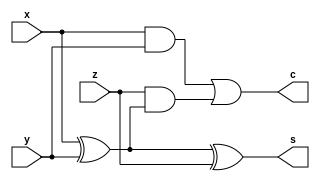
module FULL_ADDER (x, y, z, s, c);
    input x, y, z;
    output s, c;

    assign s = x ^ y ^ z;
    assign c = (x & y) | (z & (x ^ y));
endmodule

module SHIFT_REGISTER_4BIT (serialInput, clock, enable, out);
    input clock, serialInput, enable;
    output reg [3: 0] out;
    
    initial begin
        out = 4'b0101;
    end
    always @ (posedge clock)
        if (enable) out = {serialInput, out[3: 1]};
endmodule

module D_FLIP_FLOP (Q, D, clock, clear);
    input D, clock, clear;
    output reg Q;

    always @ (posedge clock or negedge clear)
    begin
        if (!clear) Q <= 1'b0;
        else Q <= D;
    end
endmodule

module SERIAL_ADDER(serialInput, clock, enable, clear, regA);
    input serialInput, clock, clear, enable;
    output [3: 0] regA;
    wire [3: 0] regB;

    wire s, c, Q;

    SHIFT_REGISTER_4BIT A(s, clock, enable, regA);
    SHIFT_REGISTER_4BIT B(serialInput, clock, enable, regB);

    FULL_ADDER FA(regA[0], regB[0], Q, s, c);

    D_FLIP_FLOP DFF(Q, c, clock & enable, clear);
endmodule

module TESTBENCH;
    reg serialInput, clock, enable, clear;
    wire [3: 0] regA;
    integer i;

    SERIAL_ADDER ADDER(serialInput, clock, enable, clear, regA);

    initial begin
        clock = 1'b0;
        clear = 1'b0;
        enable = 1'b1;
    end

    always #5 clock = ~clock;

    initial begin
        $monitor($time, " IN = %b CLEAR = %b ENABLE = %b REGA = %b\n", serialInput, clear, enable, regA);

        #5 clear = 1'b1; serialInput = 1'b1;
        #10 serialInput = 1'b0;
        #10 serialInput = 1'b1;
        #100 $finish;
    end
endmodule